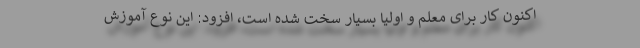
اکنون کار برای معلم و اولیا بسیار سخت شده است، افزود: این نوع آموزش